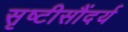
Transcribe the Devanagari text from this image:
सृष्टीसौंदर्य